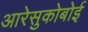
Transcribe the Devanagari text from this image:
आरेसुकोबोई